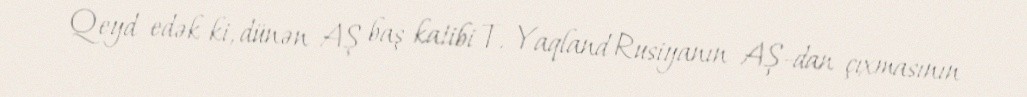
Qeyd edək ki, dünən AŞ baş katibi T. Yaqland Rusiyanın AŞ-dan çıxmasının